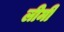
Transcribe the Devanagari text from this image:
लीमी